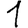
Digit: 1